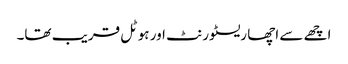
اچھے سے اچھا ریسٹورنٹ اور ہوٹل قریب تھا۔